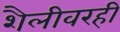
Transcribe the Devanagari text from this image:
शैलीवरही